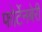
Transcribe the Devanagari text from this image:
फोर्टेनबेरी